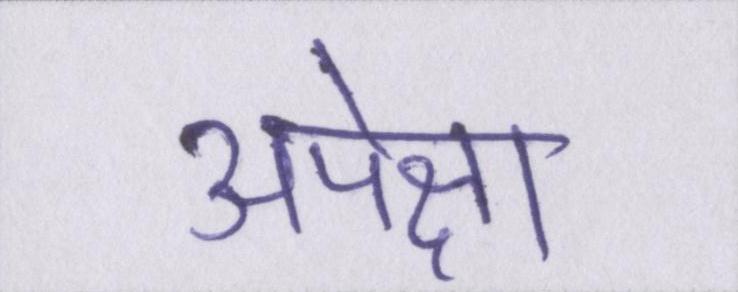
अपेक्षा